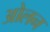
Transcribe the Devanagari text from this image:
ओलन